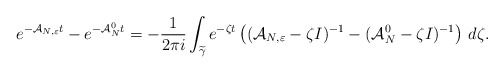
\begin{align*}e^{-\mathcal{A}_{N,\varepsilon}t}-e^{-\mathcal{A}_N^0t} =-\frac{1}{2\pi i}\int _{\widetilde{\gamma}} e^{-\zeta t}\left( (\mathcal{A}_{N,\varepsilon}-\zeta I)^{-1}-(\mathcal{A}_N^0-\zeta I)^{-1}\right)\,d\zeta .\end{align*}